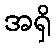
အရှိ